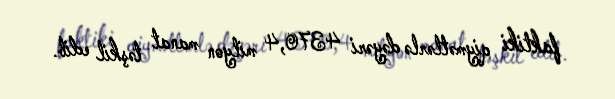
faktiki qiymətlərlə dəyəri 4370,4 milyon manat təşkil edib.